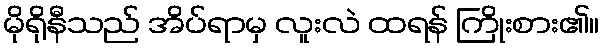
မိုရိုနီသည် အိပ်ရာမှ လူးလဲ ထရန် ကြိုးစား၏။